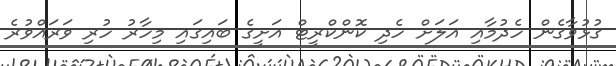
ގުޅުވާގެން ހެދުމާއި އަލަށް ހެދި ކޮންކްރީޓް އަށީގެ ބައިގައި މިހާރު ހުރި ވަރައްވުރެ